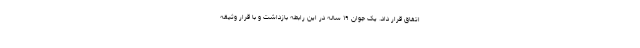
اتفاق قرار داد. یک جوان ۱۹ ساله در این رابطه بازداشت و با قرار وثیقه